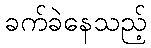
ခက်ခဲနေသည့်